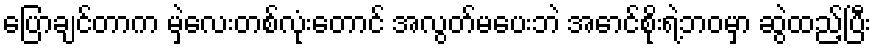
ပြောချင်တာက မှဲ့လေးတစ်လုံးတောင် အလွတ်မပေးဘဲ အောင်စိုးရဲ့ဘဝမှာ ဆွဲထည့်ပြီး